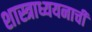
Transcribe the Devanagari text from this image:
शास्त्राध्ययनाची